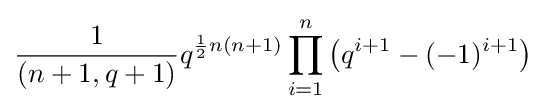
{1 \over (n+1,q+1)}q^{{\frac {1}{2}}n(n+1)}\prod _{i=1}^{n}\left(q^{i+1}-(-1)^{i+1}\right)